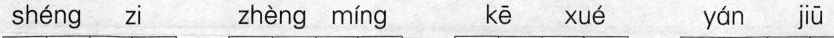
shéng zi zhèng míng kē xué yán jū